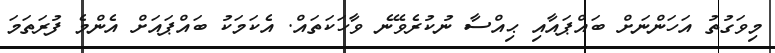
މިވަގުތު އަހަންނަށް ބައްޕައާއި ޙިއްސާ ނުކުރެވޭނެ ވާހަކަތައް. އެކަމަކު ބައްޕައަށް އެންމެ ފުރަތަމަ